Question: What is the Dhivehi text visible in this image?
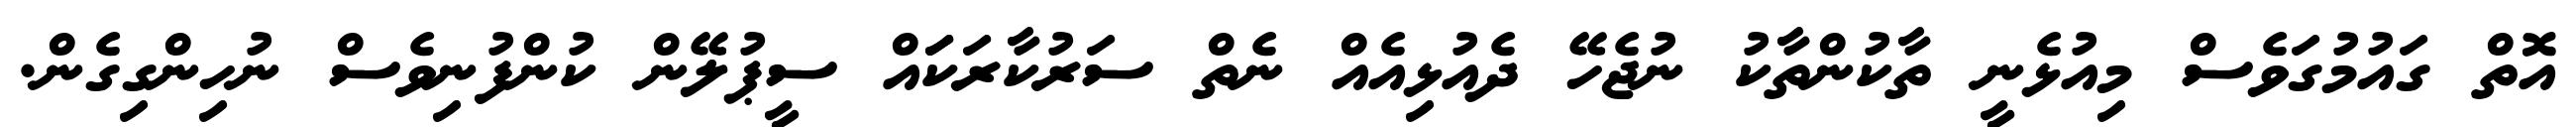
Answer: އޮތް ގައުމުގަވެސް މިއުޅެނީ ތާކުންތާކު ނުޖެހޭ ދެއުޅިއެއް ނެތް ސަރުކާރަކަައް ސީޕުލޭން ކުންފުނިވެސް ނުހިންގިގެން.